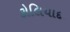
કોલિયાદ